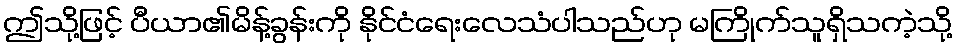
ဤသို့ဖြင့် ပီယာ၏မိန့်ခွန်းကို နိုင်ငံရေးလေသံပါသည်ဟု မကြိုက်သူရှိသကဲ့သို့